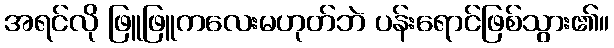
အရင်လို ဖြူဖြူကလေးမဟုတ်ဘဲ ပန်းရောင်ဖြစ်သွား၏။